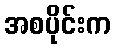
အစပိုင်းက